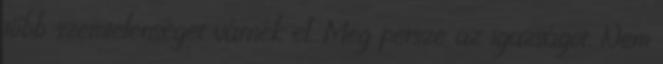
több szemtelenséget várnék el. Meg persze az igazságot. Nem